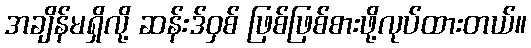
အချိန်မရှိလို့ ဆန်းဒ်ဝှစ် ဖြစ်ဖြစ်စားဖို့လုပ်ထားတယ်။